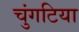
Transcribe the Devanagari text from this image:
चुंगटिया